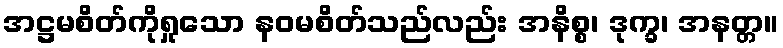
အဋ္ဌမစိတ်ကိုရှုသော နဝမစိတ်သည်လည်း အနိစ္စ၊ ဒုက္ခ၊ အနတ္တ။